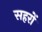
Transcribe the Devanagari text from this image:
सहरों